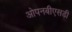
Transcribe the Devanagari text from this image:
ओपनबीएसडी